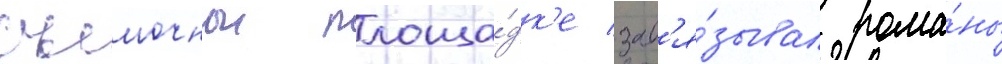
съемочнои площа́дк'е зав'я́зывал рома́ны